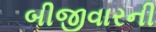
બીજીવારની